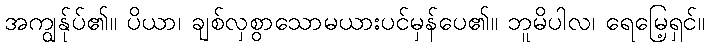
အကျွန်ုပ်၏။ ပိယာ၊ ချစ်လှစွာသောမယားပင်မှန်ပေ၏။ ဘူမိပါလ၊ ရေမြေ့ရှင်။